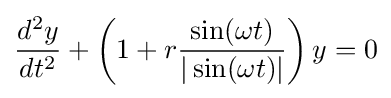
{\frac {d^{2}y}{dt^{2}}}+\left(1+r{\frac {\sin(\omega t)}{|\sin(\omega t)|}}\right)y=0